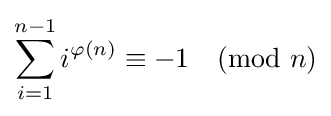
\sum _{i=1}^{n-1}i^{\varphi (n)}\equiv -1{\pmod {n}}